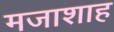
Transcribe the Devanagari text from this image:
मजाशाह